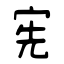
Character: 宪